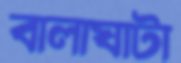
বালাঘাটা